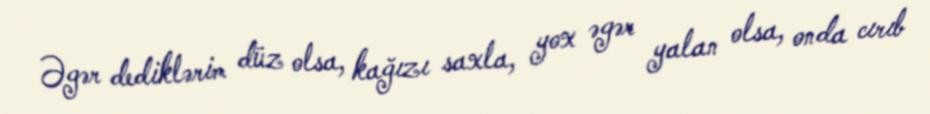
Əgər dediklərim düz olsa, kağızı saxla, yox əgər yalan olsa, onda cırıb